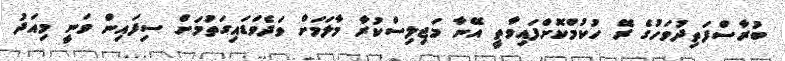
ބުރާސްފަތިދުވަހުގެ ރޭ ހުކުމްކޮށްފައިވާތީ އޭނާ މަޖިލިސްކުރާ މާލަމަށް ވަދެވަޑައިގަތުމަށް ސިފައިން ވަނީ މިއަދު